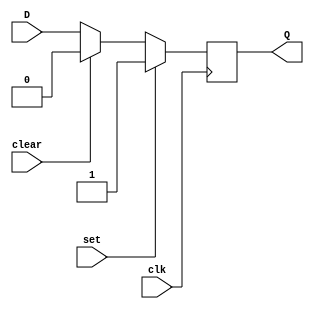
module DFF (
    input wire clk,   // Clock input
    input wire set,   // Set input
    input wire clear, // Clear input
    input wire D,     // Data input
    output reg Q      // Stored state output
);

always @(posedge clk) begin
    if (set) begin
        Q <= 1;
    end else if (clear) begin
        Q <= 0;
    end else begin
        Q <= D;
    end
end

endmodule